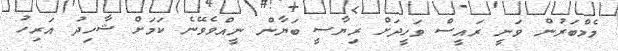
މެމްބަރުން ވަނީ ރައީސް ވަހީދަށް ރިޔާސީ ބަޔާން ނީއްވެވޭނެ ކަމަށް ޝާހިދު އަރިހު